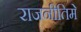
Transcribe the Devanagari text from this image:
राजनीतिमे